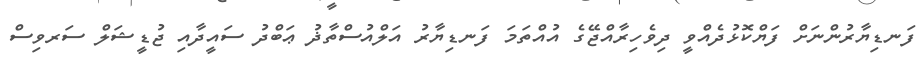
ފަނޑިޔާރުންނަށް ފަޔްކޮޅުދެއްވީ ދިވެހިރާއްޖޭގެ އުއްތަމަ ފަނޑިޔާރު އަލްއުސްތާޛު ޢަބްދު ސައީދާއި ޖުޑީޝަލް ސަރވިސް